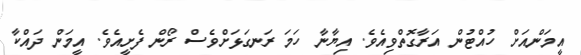
އީމަންއަށް ހުއްޓުން އަރާގޮތްވިއެވެ. އިޔާނާ ހަމަ ރަނގަޅަށްވެސް ރޯން ފެށީއެވެ. އީމަން ދައްކާ